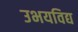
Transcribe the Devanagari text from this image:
उभयविद्य